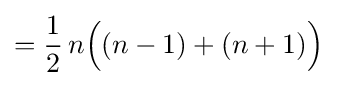
={\frac {1}{2}}\,n{\Bigl (}(n-1)+(n+1){\Bigr )}